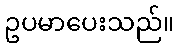
ဥပမာပေးသည်။